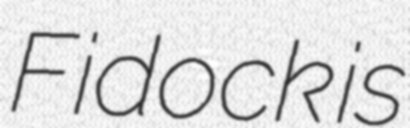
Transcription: Fidock is